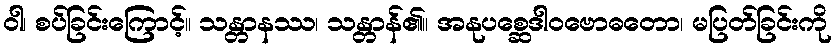
ဝါ၊ စပ်ခြင်းကြောင့်။ သန္တာနဿ၊ သန္တာန်၏။ အနုပစ္ဆေဒါဝဗောဓတော၊ မပြတ်ခြင်းကို